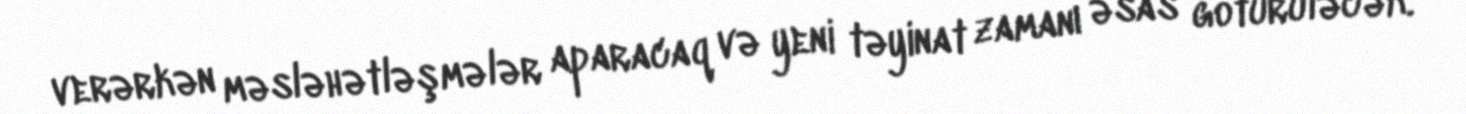
verərkən məsləhətləşmələr aparacaq və yeni təyinat zamanı əsas götürüləcək.